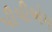
પીપીએમ